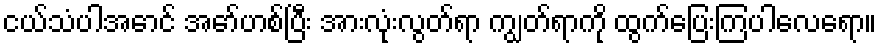
ငယ်သံပါအောင် အော်ဟစ်ပြီး အားလုံးလွတ်ရာ ကျွတ်ရာကို ထွက်ပြေးကြပါလေရော။